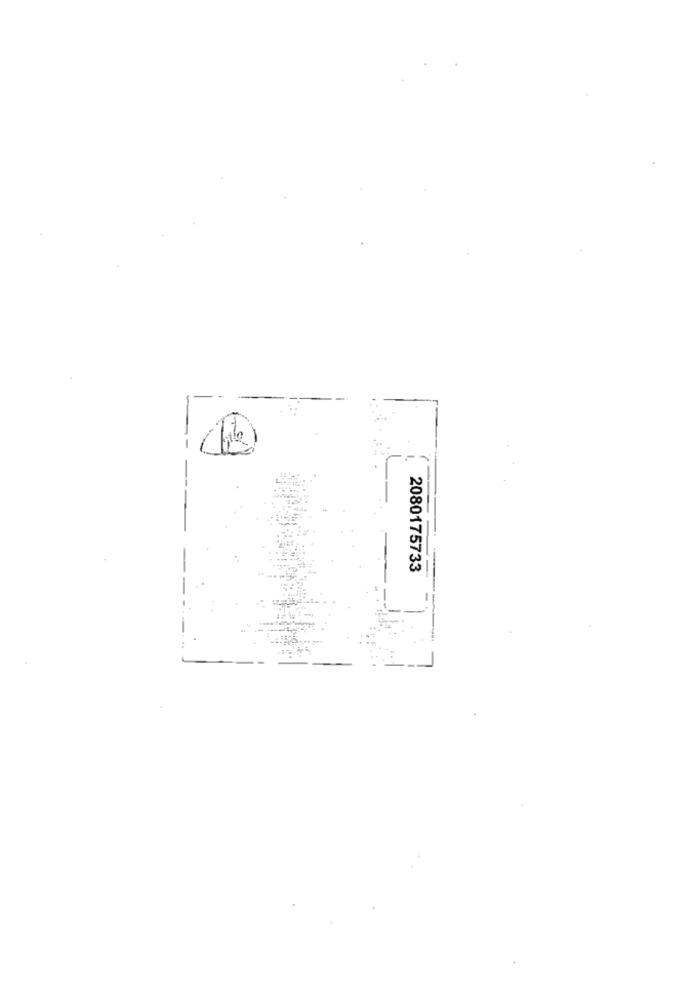
2080175733